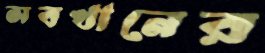
সবখানের